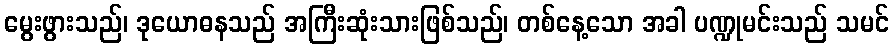
မွေးဖွားသည်၊ ဒုယောဓနသည် အကြီးဆုံးသားဖြစ်သည်၊ တစ်နေ့သော အခါ ပဏ္ဍုမင်းသည် သမင်